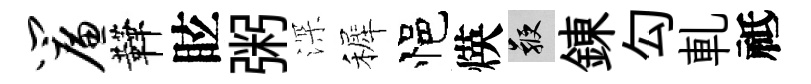
帘鞾眩粥深裤悒煐鞭錬勾軋祗